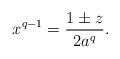
LaTeX: \begin{align*} x^{q-1}=\frac{1\pm z}{2a^q}.\end{align*}